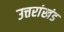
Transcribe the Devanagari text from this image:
उत्तरांखंड